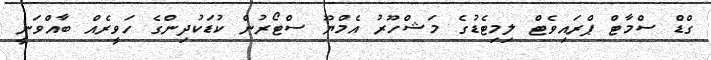
ގްޑް ސްމާޓް ޕްރައިވެޓް ލިމިޓެޑުގެ މަޝްހޫރު އެމްޔޫ ސްޓޯރުން ކުޑަކުދިންގެ ހަވީރެއް ބާއްވަނީ